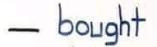
- bought